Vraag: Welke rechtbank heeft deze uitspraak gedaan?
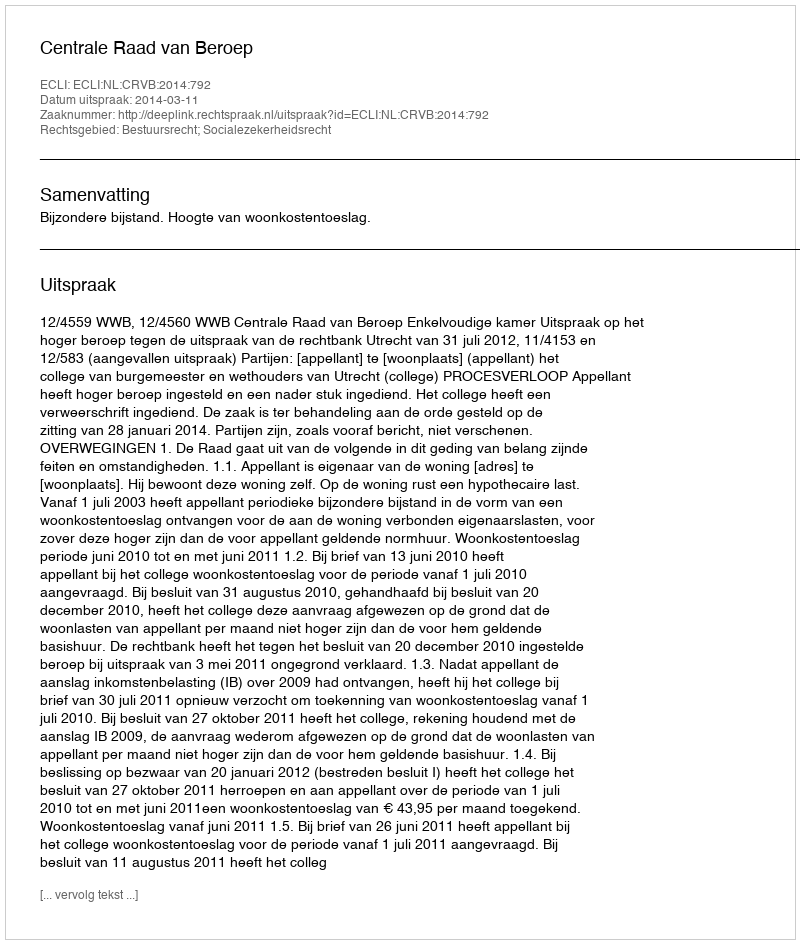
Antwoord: Centrale Raad van Beroep